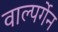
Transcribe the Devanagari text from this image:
वाल्पर्गेन